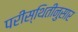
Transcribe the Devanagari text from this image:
परीस्थितीनुसार